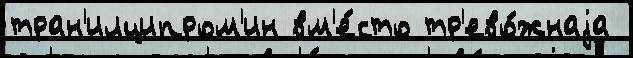
тран'илципром'ин вм'е́сто тр'ево́жнаjа